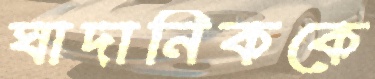
ঘাদানিককে